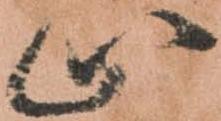
止